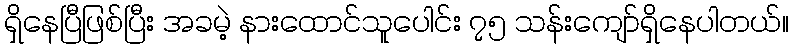
ရှိနေပြီဖြစ်ပြီး အခမဲ့ နားထောင်သူပေါင်း ၇၅ သန်းကျော်ရှိနေပါတယ်။